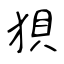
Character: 狽